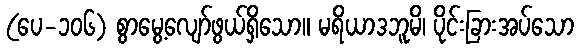
(ပေ-၁၀၆) စွာမွေ့လျော်ဖွယ်ရှိသော။ မရိယာဒဘူမိ၊ ပိုင်းခြားအပ်သော